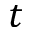
t